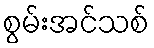
စွမ်းအင်သစ်